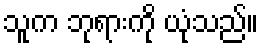
သူက ဘုရားကို ယုံသည်။